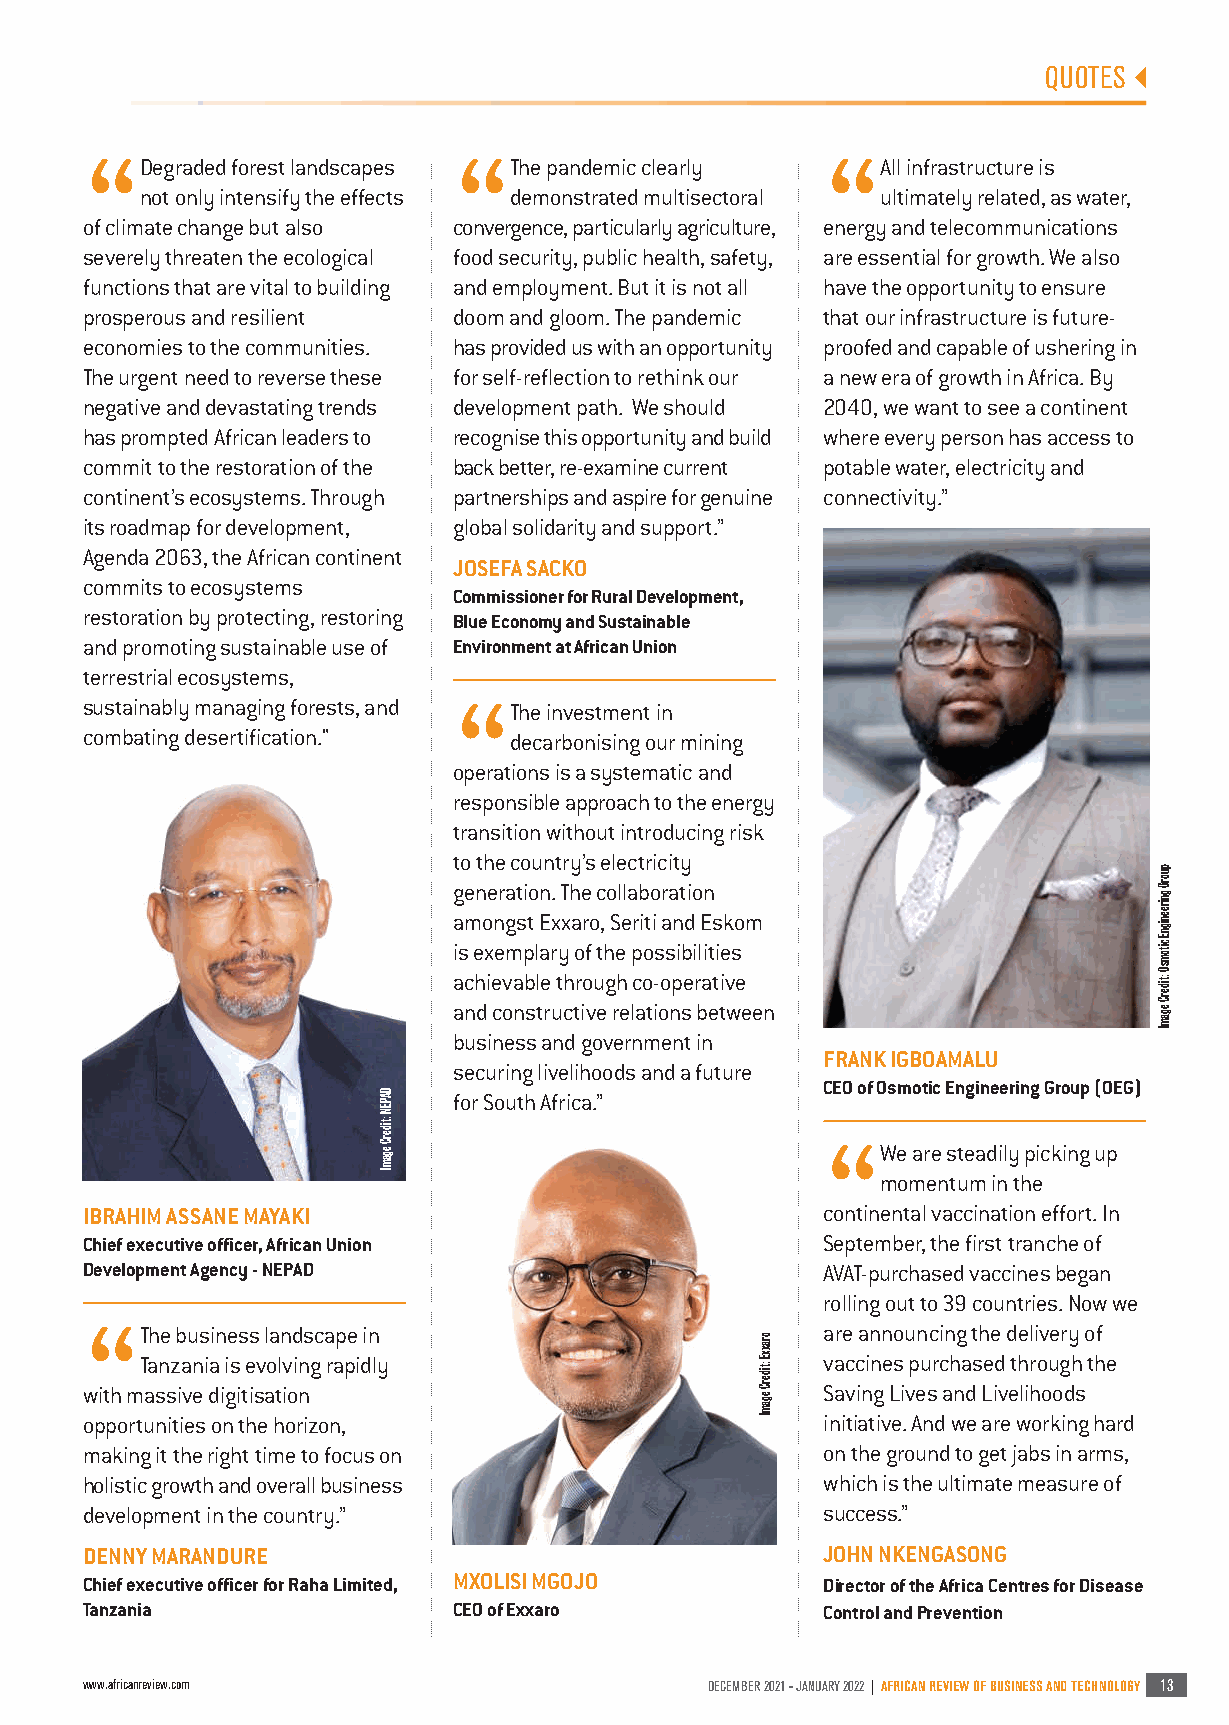
S04 ATR Dec 2021- Jan 2022 Quotes_ATR - New Master Template 2016 10/12/2021 05:35 Page 13
 QUOTES
 “Degraded forest landscapes “The pandemic clearly “All infrastructure is
 not only intensify the effects demonstrated multisectoral ultimately related, as water,
 of climate change but also convergence, particularly agriculture, energy and telecommunications
 severely threaten the ecological food security, public health, safety, are essential for growth. We also
 functions that are vital to building and employment. But it is not all have the opportunity to ensure
 prosperous and resilient doom and gloom. The pandemic that our infrastructure is future-
 economies to the communities. has provided us with an opportunity proofed and capable of ushering in
 The urgent need to reverse these for self-reflection to rethink our a new era of growth in Africa. By
 negative and devastating trends development path. We should 2040, we want to see a continent
 has prompted African leaders to recognise this opportunity and build where every person has access to
 commit to the restoration of the back better, re-examine current potable water, electricity and
 continent’s ecosystems. Through partnerships and aspire for genuine connectivity.”
 its roadmap for development, global solidarity and support.”
 Agenda 2063, the African continent
 JOSEFA SACKO
 commits to ecosystems
 Commissioner for Rural Development,
 restoration by protecting, restoring Blue Economy and Sustainable
 and promoting sustainable use of Environment at African Union
 terrestrial ecosystems,
 sustainably managing forests, and “The investment in
 combating desertification."  decarbonising our mining
 operations is a systematic and
 responsible approach to the energy
 transition without introducing risk
 to the country’s electricity
 generation. The collaboration
 amongst Exxaro, Seriti and Eskom
 is exemplary of the possibilities
 achievable through co-operative
 and constructive relations between
 business and government in
 FRANK IGBOAMALU
 securing livelihoods and a future
 CEO of Osmotic Engineering Group (OEG)
 for South Africa.”
 “We   are steadily picking up
 momentum in the
 IBRAHIM ASSANE MAYAKI                            continental vaccination effort. In
 Chief executive officer, African Union           September, the first tranche of
 Development Agency - NEPAD                       AVAT-purchased vaccines began
 rolling out to 39 countries. Now we
 “The   business landscape in                     are announcing the delivery of
 Tanzania is evolving rapidly                 vaccines purchased through the
 with massive digitisation                        Saving Lives and Livelihoods
 opportunities on the horizon,                    initiative. And we are working hard
 making it the right time to focus on             on the ground to get jabs in arms,
 holistic growth and overall business             which is the ultimate measure of
 development in the country.”                     success.”
 DENNY MARANDURE                                  JOHN NKENGASONG
 Chief executive officer for Raha Limited, MXOLISI MGOJO Director of the Africa Centres for Disease
 Tanzania                 CEO of Exxaro           Control and Prevention
 www.africanreview.com                     DECEMBER 2021 - JANUARY 2022 | AFRICAN REVIEW OF BUSINESS AND TECHNOLOGY 13
 DAPEN
 :tiderC
 egamI
 oraxxE
 :tiderC
 egamI
 puorG
 gnireenignE
 citomsO
 :tiderC
 egamI